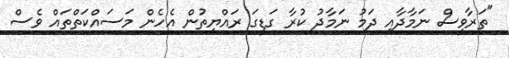
"ތަރާވީސް ނަމާދާއި ދަމު ނަމާދު ކުރާ ގަޑީގަ ރައްޔިތުން އެހެން މަސައްކަތްތައް ވެސް